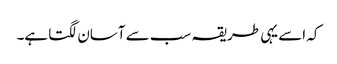
کہ اسے یہی طریقہ سب سے آسان لگتا ہے۔